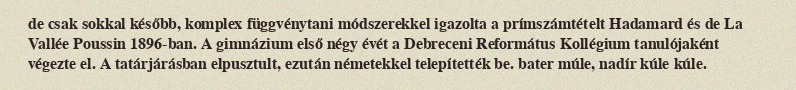
de csak sokkal később, komplex függvénytani módszerekkel igazolta a prímszámtételt Hadamard és de La Vallée Poussin 1896-ban. A gimnázium első négy évét a Debreceni Református Kollégium tanulójaként végezte el. A tatárjárásban elpusztult, ezután németekkel telepítették be. bater múle, nadír kúle kúle.